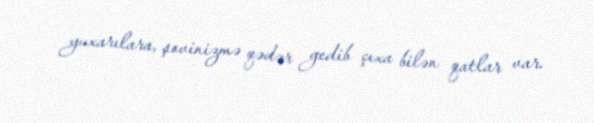
yuxarılara, şovinizmə qədər gedib çıxa bilən qatlar var.